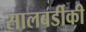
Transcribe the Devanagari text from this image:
सालबर्डीकी